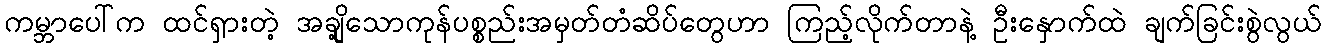
ကမ္ဘာပေါ်က ထင်ရှားတဲ့ အချို့သောကုန်ပစ္စည်းအမှတ်တံဆိပ်တွေဟာ ကြည့်လိုက်တာနဲ့ ဦးနှောက်ထဲ ချက်ခြင်းစွဲလွယ်